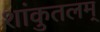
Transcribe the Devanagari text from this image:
शांकुतलम्